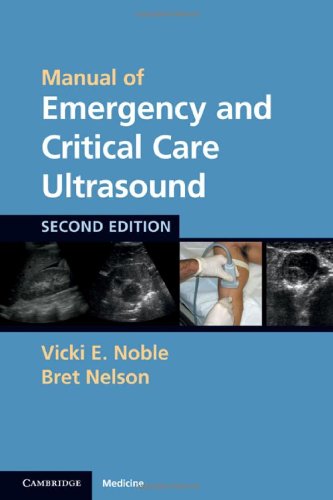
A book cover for Manual of Emergency and Critical Care Ultrasound; Vicki E. Noble; Medical Books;